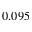
0 . 0 9 5